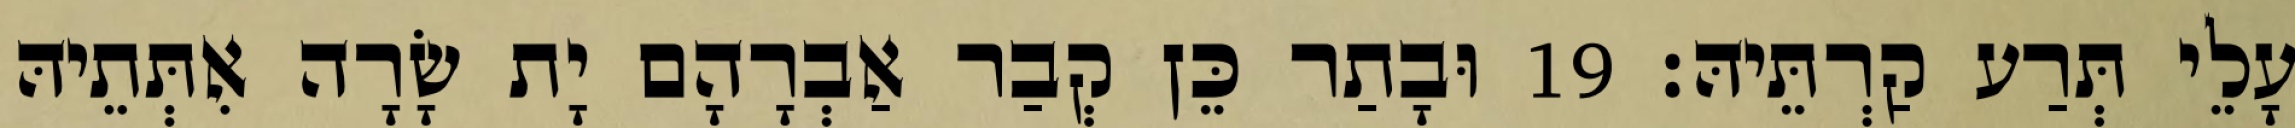
עָלֵי תְּרַע קַרְתֵּיהּ׃ 19 וּבָתַר כֵּן קְבַר אַבְרָהָם יָת שָׂרָה אִתְּתֵיהּ